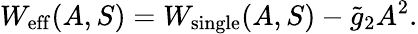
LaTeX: W_{\mathrm{eff}}(A,S)={{W}}_{\mathrm{single}}(A,S)-\widetilde{g}_{2}A^{2}.